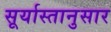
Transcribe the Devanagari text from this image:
सूर्यास्तानुसार